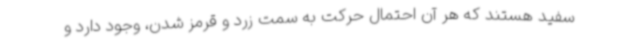
سفید هستند که هر آن احتمال حرکت به سمت زرد و قرمز شدن، وجود دارد و